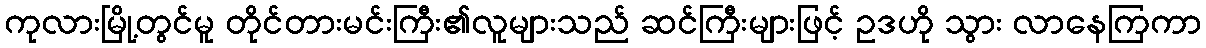
ကုလားမြို့တွင်မူ တိုင်တားမင်းကြီး၏လူများသည် ဆင်ကြီးများဖြင့် ဥဒဟို သွား လာနေကြကာ